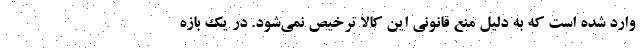
وارد شده است که به دلیل منع قانونی این کالا ترخیص نمی‌شود. در یک بازه